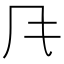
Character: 𲋄